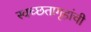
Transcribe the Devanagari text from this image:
स्वच्छतागृहांची